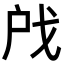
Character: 𫼉